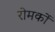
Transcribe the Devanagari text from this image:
रोमकों